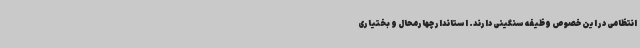
انتظامی در این خصوص وظیفه سنگینی دارند. استاندار چهارمحال و بختیاری